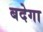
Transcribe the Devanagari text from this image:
बदेगा